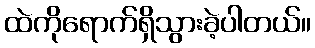
ထဲကိုရောက်ရှိသွားခဲ့ပါတယ်။